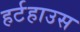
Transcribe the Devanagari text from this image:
हर्टहाउस